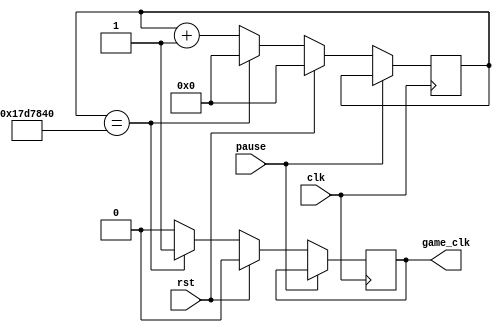
module game_clock(
    input wire clk,
    input wire rst,
    input wire pause,
    output reg game_clk
    );

    reg [31:0] counter;
    always @ (posedge clk) begin
        if (!pause) begin
            if (rst) begin
                counter <= 0;
                game_clk <= 0;
            end else begin
                if (counter == 25000000) begin // 1 Hz
                    counter <= 0;
                    game_clk <= 1;
                end else begin
                    counter <= counter + 1;
                    game_clk <= 0;
                end
            end
        end
    end

endmodule